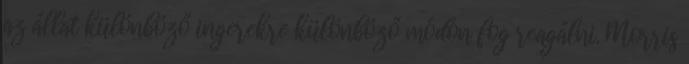
az állat különböző ingerekre különböző módon fog reagálni. Morris